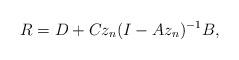
LaTeX: \begin{align*} R=D+Cz_n(I-Az_n)^{-1}B,\end{align*}